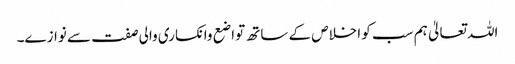
اللہ تعالیٰ ہم سب کو اخلاص کے ساتھ تواضع وانکساری والی صفت سے نوازے۔